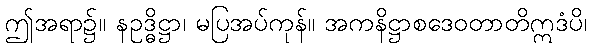
ဤအရာ၌။ နဥဒ္ဓိဋ္ဌာ၊ မပြအပ်ကုန်။ အကနိဋ္ဌာစဒေဝတာတိဣဒံပိ၊